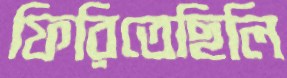
ফিরিতেছিলি